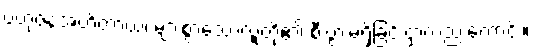
ဗဟုဇနအဟိတာယ၊ များစွာသောလူတို့၏ စီးပွားမရှိခြင်းငှာလည်းကောင်း။